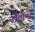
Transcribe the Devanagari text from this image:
बिलीभर्स